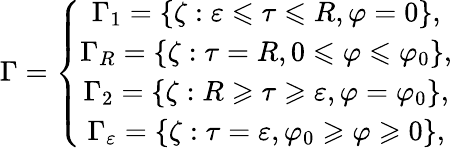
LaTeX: \Gamma=\left\{ \begin{array}{c}{\Gamma_{1}=\{ \zeta:\varepsilon\leqslant\tau\leqslant R,\varphi=0\} ,}\\ {\Gamma_{R}=\{ \zeta:\tau=R,0\leqslant\varphi\leqslant\varphi_{0}\} ,}\\ {\Gamma_{2}=\{ \zeta:R\geqslant\tau\geqslant\varepsilon,\varphi=\varphi_{0}\} ,}\\ {\Gamma_{\varepsilon}=\{ \zeta:\tau=\varepsilon,\varphi_{0}\geqslant\varphi\geqslant 0\} ,}\end{array}\right.